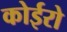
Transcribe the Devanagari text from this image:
कोईरो